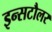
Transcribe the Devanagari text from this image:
इन्सटौलर